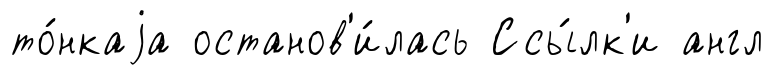
то́нкаjа останов'и́лась Ссы́лк'и англ